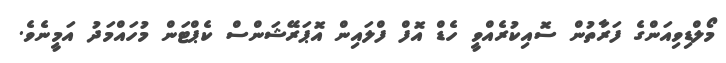
މޯލްޑިވިއަންގެ ފަރާތުން ސޮއިކުރެއްވީ ހެޑް އޮފް ފްލައިން އޮޕަރޭޝަންސް ކެޕްޓަން މުހައްމަދު އަމީނެވެ.